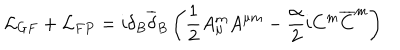
{ \mathcal L } _ { G F } + { \mathcal L } _ { F P } = i \delta _ { B } { \overline { { { \delta } } } } _ { B } \left( \frac { 1 } { 2 } A _ { \mu } ^ { m } A ^ { \mu m } - \frac { \alpha } { 2 } i C ^ { m } { \overline { { { C } } } } ^ { m } \right)